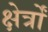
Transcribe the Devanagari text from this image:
क्षेर्त्रों